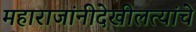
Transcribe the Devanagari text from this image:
महाराजांनीदेखीलत्यांचे